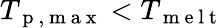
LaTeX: T_{\mathrm{~p~,~m~a~x~}}<T_{\mathrm{~m~e~l~t~}}